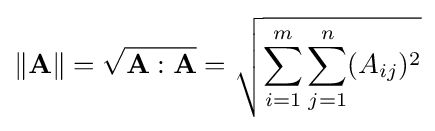
\|\mathbf {A} \|={\sqrt {\mathbf {A} :\mathbf {A} }}={\sqrt {\sum _{i=1}^{m}\sum _{j=1}^{n}(A_{ij})^{2}}}